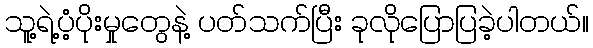
သူ့ရဲ့ပံ့ပိုးမှုတွေနဲ့ ပတ်သက်ပြီး ခုလိုပြောပြခဲ့ပါတယ်။